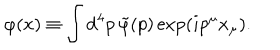
\varphi ( x ) \equiv \int \textrm { d } ^ { 4 } p \, \tilde { \varphi } ( p ) \exp ( i p ^ { \mu } x _ { \mu } ) .